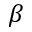
\beta